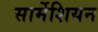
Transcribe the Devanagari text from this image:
सार्मेशियन